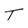
Character: T